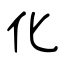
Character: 化